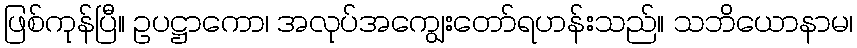
ဖြစ်ကုန်ပြီ။ ဥပဋ္ဌာကော၊ အလုပ်အကျွေးတော်ရဟန်းသည်။ သဘိယောနာမ၊